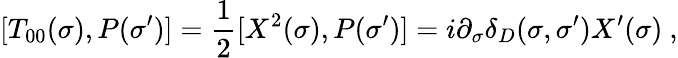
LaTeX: [T_{00}(\sigma),P(\sigma^{\prime})]=\frac{1}{2}[X^{2}(\sigma),P(\sigma^{\prime})]=i\partial_{\sigma}\delta_{D}(\sigma,\sigma^{\prime})X^{\prime}(\sigma)\ ,